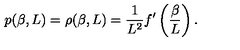
p ( \beta , L ) = \rho ( \beta , L ) = \frac { 1 } { L ^ { 2 } } f ^ { \prime } \left( \frac { \beta } { L } \right) .